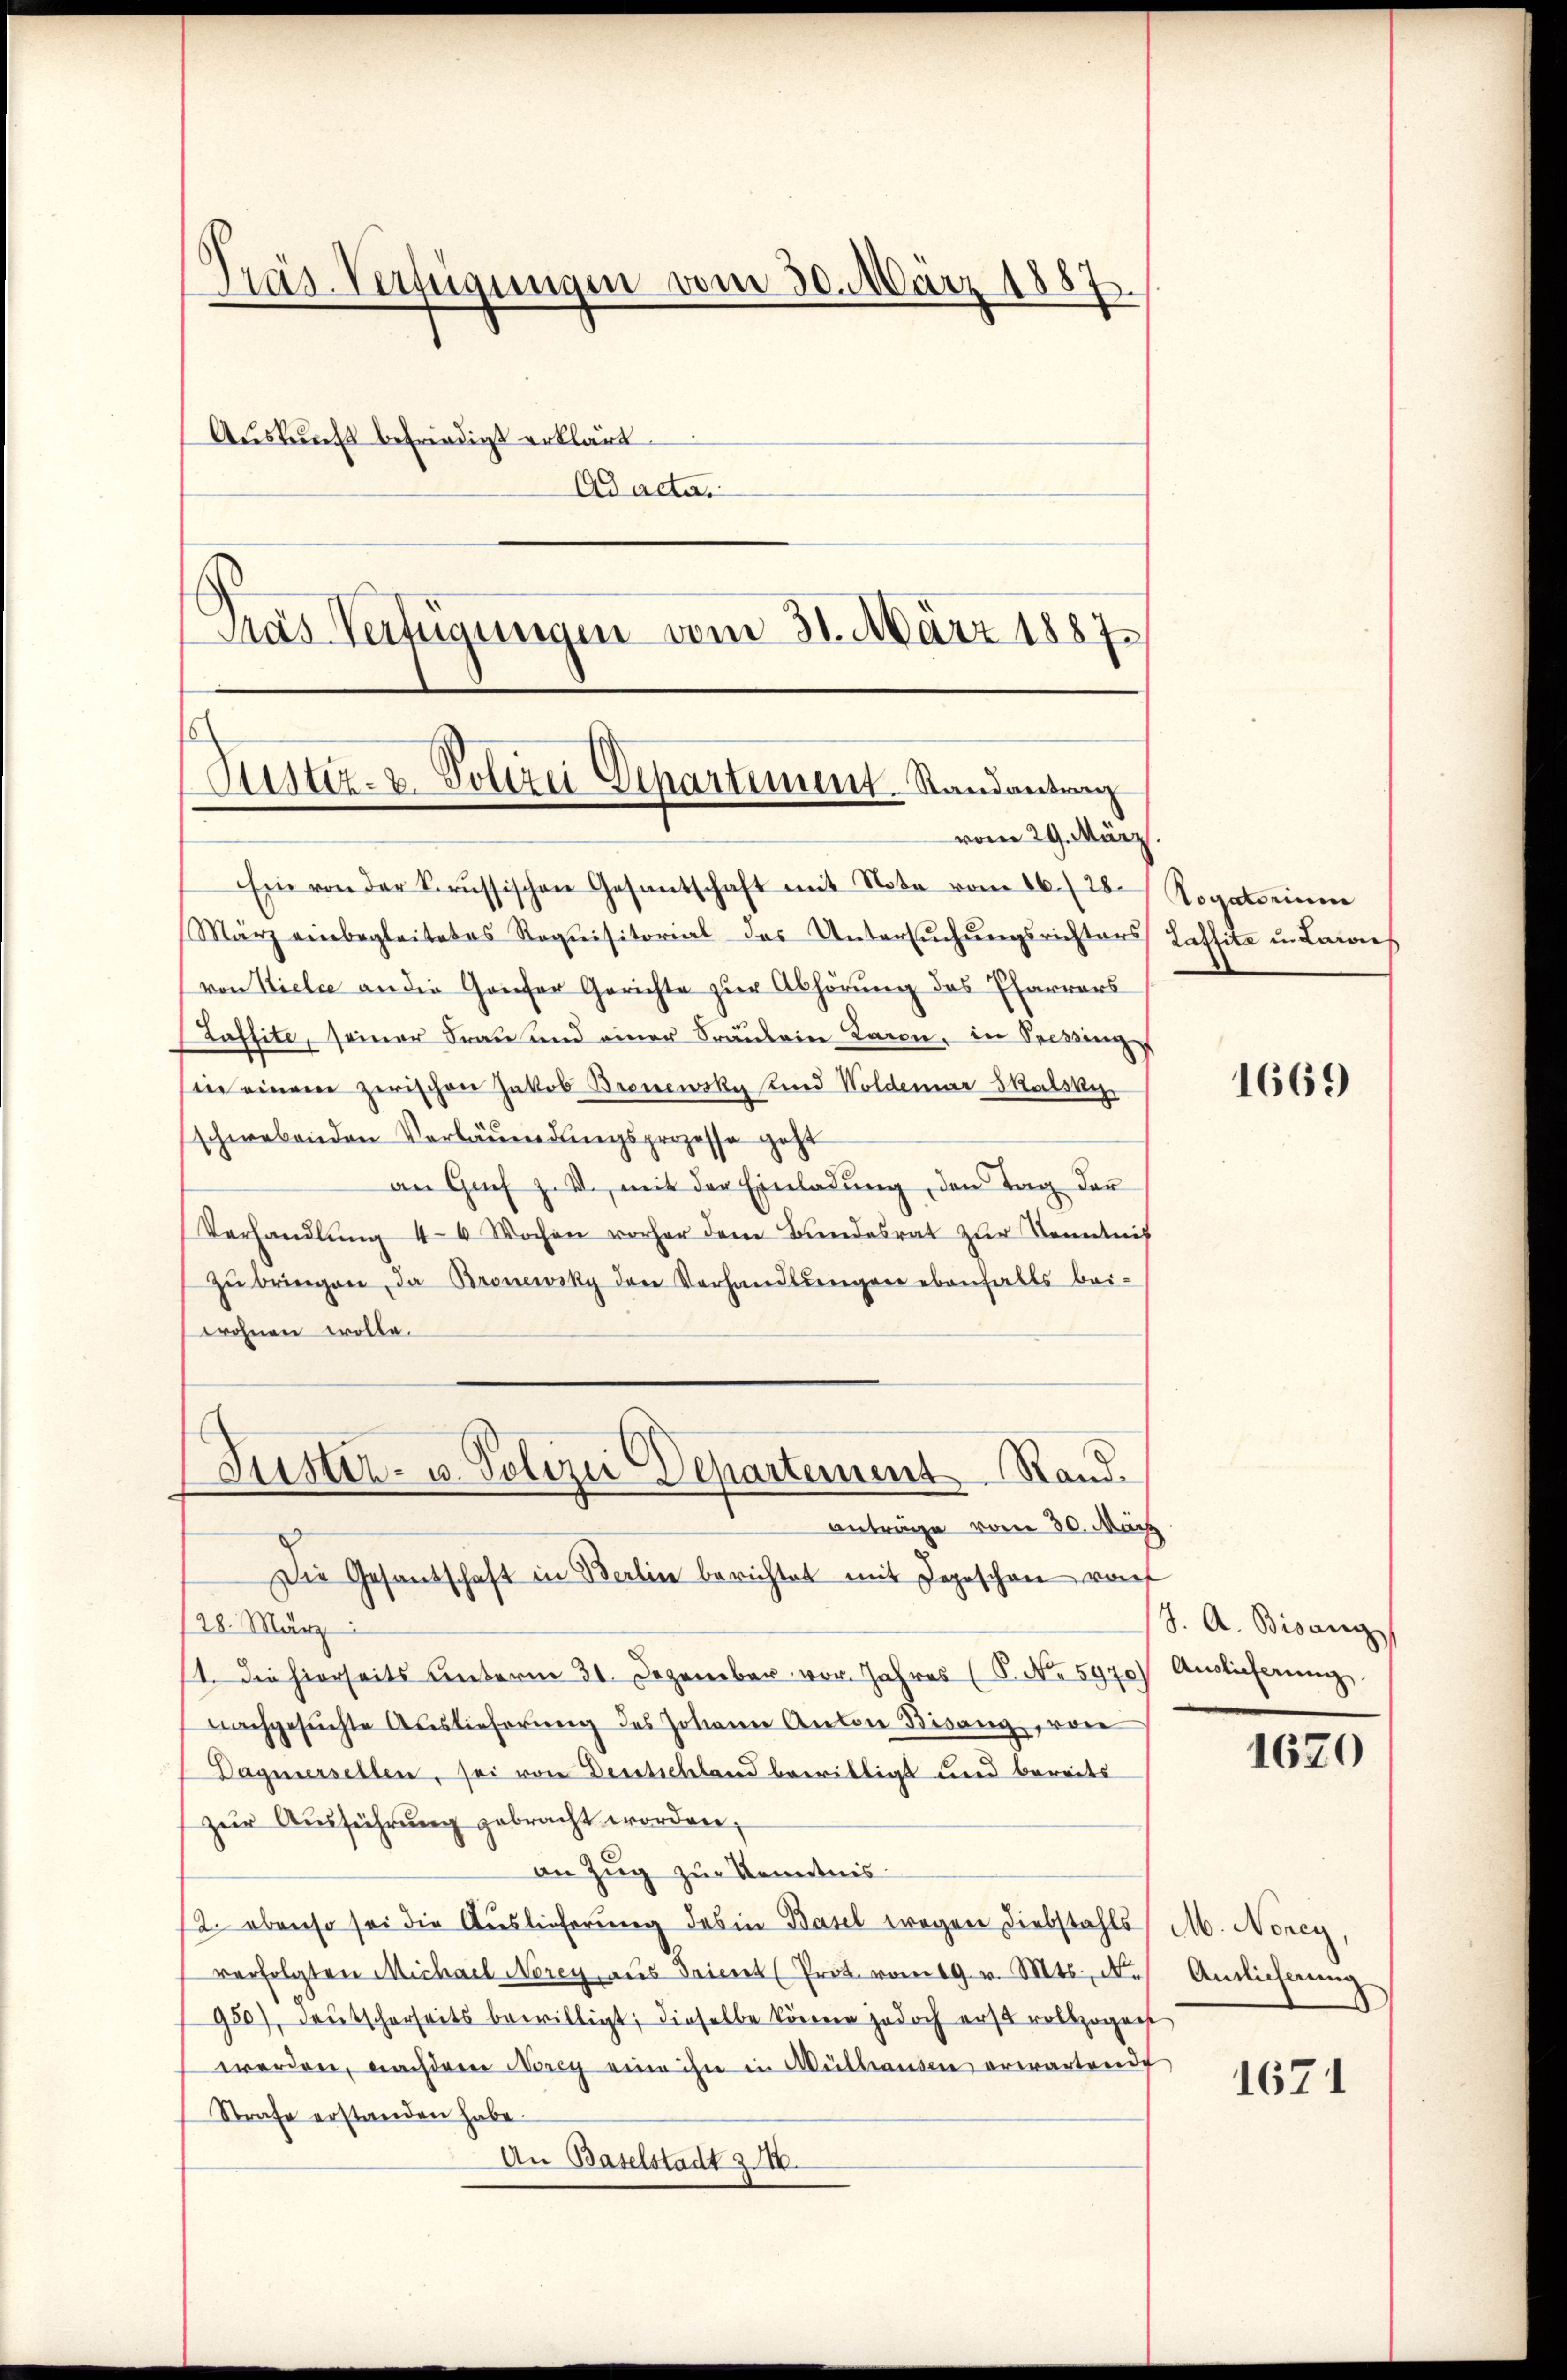
Präs. Verfügungen vom 30. März 1887
Aŭskŭnft befriedigt erklärt.
Ad acta.
Pras Verfügungen vom 31. März 1887

Justiz- & Polizei Departement. Randantrag
vom 29. März.

Ein von der Serŭssischen Gesantschaft mit Nota vom 16. 28.
März einbegleitetes Requisitorial des Untersuchungsrichters Cafsita u. Lares
von Viele an die Genfer Gerichte zur Abhörung des Pfarrers
s
(Kassite, seiner Frau und einer Fräulein Baren, in Seerings
in einem zerischen Jakob Brenewsky und Woldemar Skalski
schwebenden Verläumdungsprozessa geht
an Grif z. V., mit der Einladung, den Tag der
Verhandlŭng 4-6 Wochen vorher dem Bundesrat zŭr Kenntnis
zŭ bringen, da Bronewsky den Verhandlungen ebenfalls bei-
wohnen wolle.
Die Gesandschaft in Berlin berichtet mit Depeschen von
128. März
1. Die hierseits Unterm 31. Dezember vor. Jahres (S. No 5970) Auslieferŭng
nachgesuchte Auslieferung des Johann Anton Bisang, von
Dagnersellen, sei von Deutschland bewilligt und bereits
zur Ausführung gebracht worden,
an Zug zur Kenntnis
2. ebenso sei die Auslieferung des in Basel wegen Diebstahls
verfolgten Michael Norey aŭs Trient (Prot. vom 19. v. Mts., N.
950), deutscherseits bewilligt; dieselbe können jedoch erst vollzogent
werden, nachdene Norey eine ihn in Mülhausen erwartende
Strafe erstanden habe.
An Baselstadt 2 M.

Jüster- u. Polizei Departement Rand.
anträge vom 30. März

Togatorium

1669

J. A. Bisang

1670

M. Norey,
Antlicherung

1671